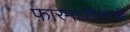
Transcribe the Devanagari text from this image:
फ़ारमाकॉलोजी